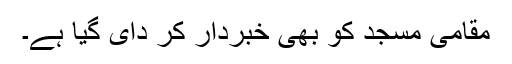
مقامی مسجد کو بھی خبردار کر دای گیا ہے۔